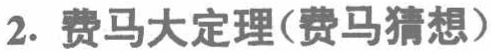
2. 费马大定理(费马猜想)